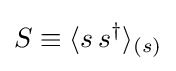
S\equiv \langle s\,s^{\dagger }\rangle _{(s)}